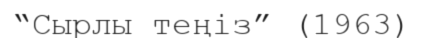
“Сырлы теңіз” (1963)